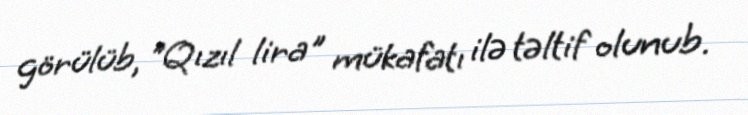
görülüb, "Qızıl lira" mükafatı ilə təltif olunub.